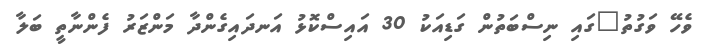
ވެހޭ ވަގުތު"ގައި ނިސްބަތުން ގަޑިއަކު 30 އައިސްކޮޅު އަނދައިގެންދާ މަންޒަރު ފެންނާތީ ބަލާ